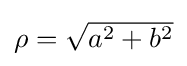
{\textstyle \rho ={\sqrt {a^{2}+b^{2}}}}